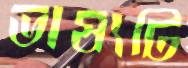
ভাষ্যটি